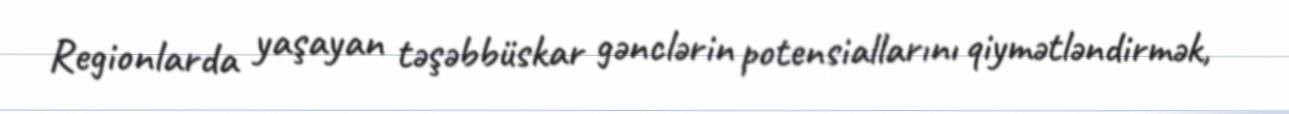
Regionlarda yaşayan təşəbbüskar gənclərin potensiallarını qiymətləndirmək,